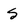
Character: S